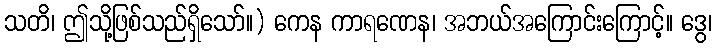
သတိ၊ ဤသို့ဖြစ်သည်ရှိသော်။) ကေန ကာရဏေန၊ အဘယ်အကြောင်းကြောင့်။ ဒွေ၊